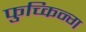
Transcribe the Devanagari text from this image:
फुच्किन्ग